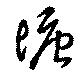
塘